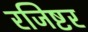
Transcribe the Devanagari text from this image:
रजिष्टर